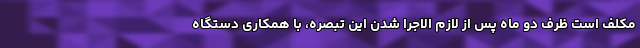
مکلف است ظرف دو ماه پس از لازم الاجرا شدن این تبصره، با همکاری دستگاه